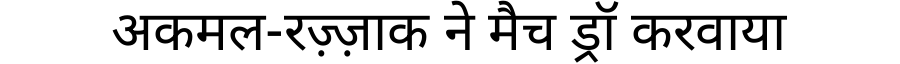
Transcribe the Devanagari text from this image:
अकमल-रज़्ज़ाक ने मैच ड्रॉ करवाया